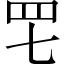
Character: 𦉱